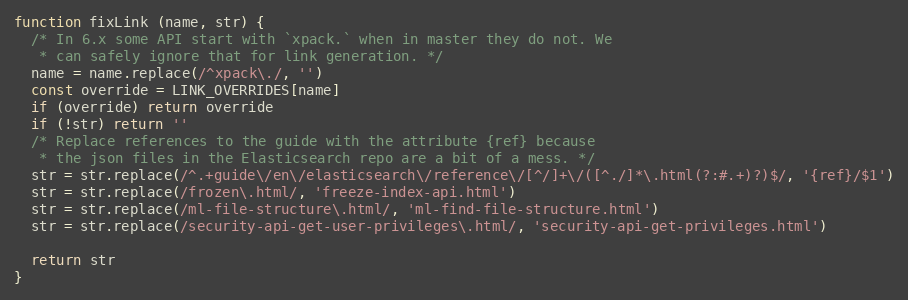
Language: JavaScript
function fixLink (name, str) {
  /* In 6.x some API start with `xpack.` when in master they do not. We
   * can safely ignore that for link generation. */
  name = name.replace(/^xpack\./, '')
  const override = LINK_OVERRIDES[name]
  if (override) return override
  if (!str) return ''
  /* Replace references to the guide with the attribute {ref} because
   * the json files in the Elasticsearch repo are a bit of a mess. */
  str = str.replace(/^.+guide\/en\/elasticsearch\/reference\/[^/]+\/([^./]*\.html(?:#.+)?)$/, '{ref}/$1')
  str = str.replace(/frozen\.html/, 'freeze-index-api.html')
  str = str.replace(/ml-file-structure\.html/, 'ml-find-file-structure.html')
  str = str.replace(/security-api-get-user-privileges\.html/, 'security-api-get-privileges.html')

  return str
}